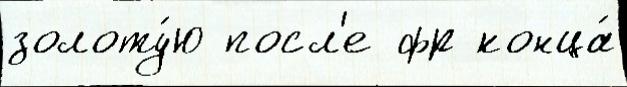
золоту́ю посл'е фр конца́